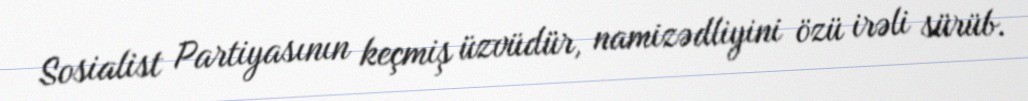
Sosialist Partiyasının keçmiş üzvüdür, namizədliyini özü irəli sürüb.